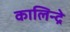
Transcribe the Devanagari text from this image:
कालिन्द्रे